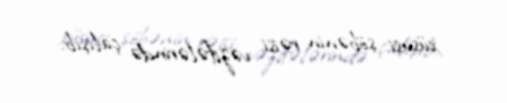
xüsusi şöbənin rəisi vəzifələrində çalışıb.